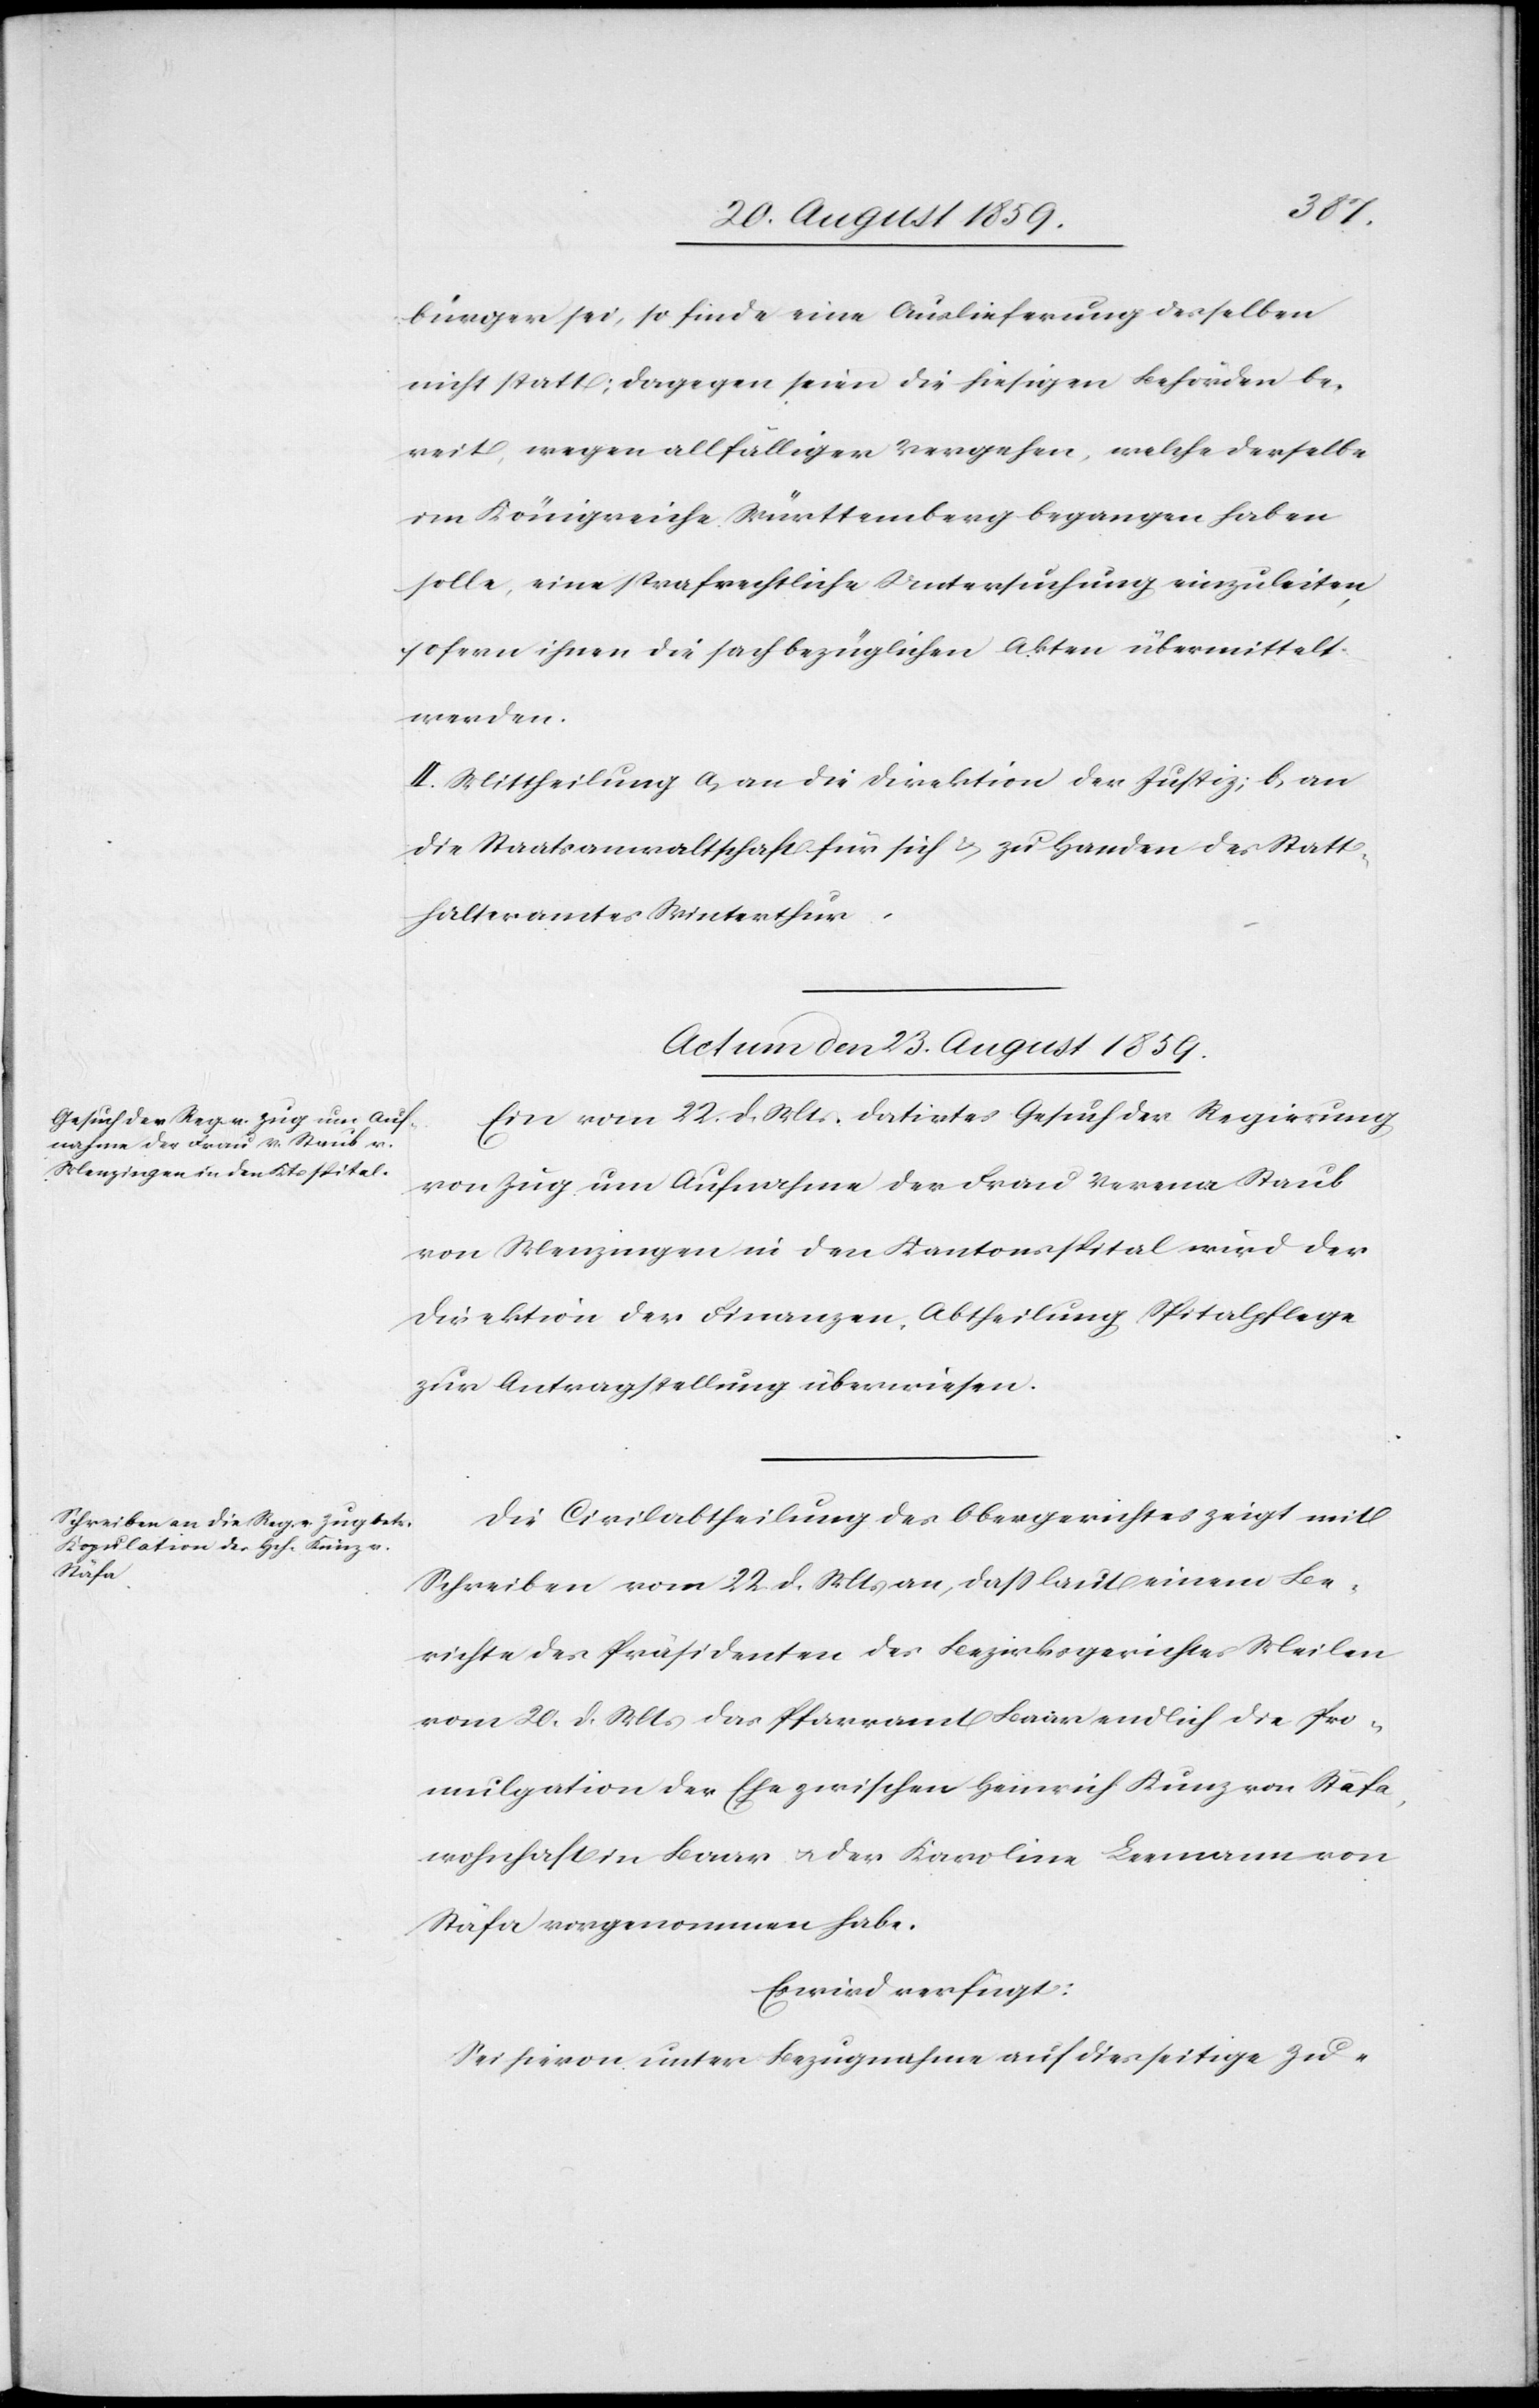
bürger sei, so finde eine Auslieferung desselben
nicht statt; dagegen seien die hiesigen Behörden be¬
reit, wegen allfälligen Vergehen, welche derselbe
im Königreiche Württemberg begangen haben
solle, eine strafrechtliche Untersuchung einzuleiten,
sofern ihnen die sachbezüglichen Akten übermittelt
werden.
II. Mittheilung a) an die Direktion der Justiz, b) an
die Staatsanwaltschaft für sich & zu Handen des Statt¬
halteramtes Winterthur.
Actum den 23. August 1859.]
Ein vom 22. d. Mts. datirtes Gesuch der Regierung
von Zug um Aufnahme der Frau Verena Staub
von Menzingen in den Kantonsspital wird der
Direktion der Finanzen, Abtheilung Spitalpflege
zur Antragstellung überwiesen.
Die Civilabtheilung des Obergerichtes zeigt mit
Schreiben vom 22. d. Mts. an, daß laut einem Be¬
richte des Präsidenten des Bezirksgerichtes Meilen
vom 20. d. Mts. das Pfarramt Baar endlich die Pro¬
mulgation der Ehe zwischen Heinrich Kunz von Stäfa,
wohnhaft in Baar & der Karoline Leemann von
Stäfa vorgenommen habe.
Es wird verfügt:
Sei hievon unter Bezugnahme auf diesseitige Zu-